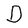
Character: D